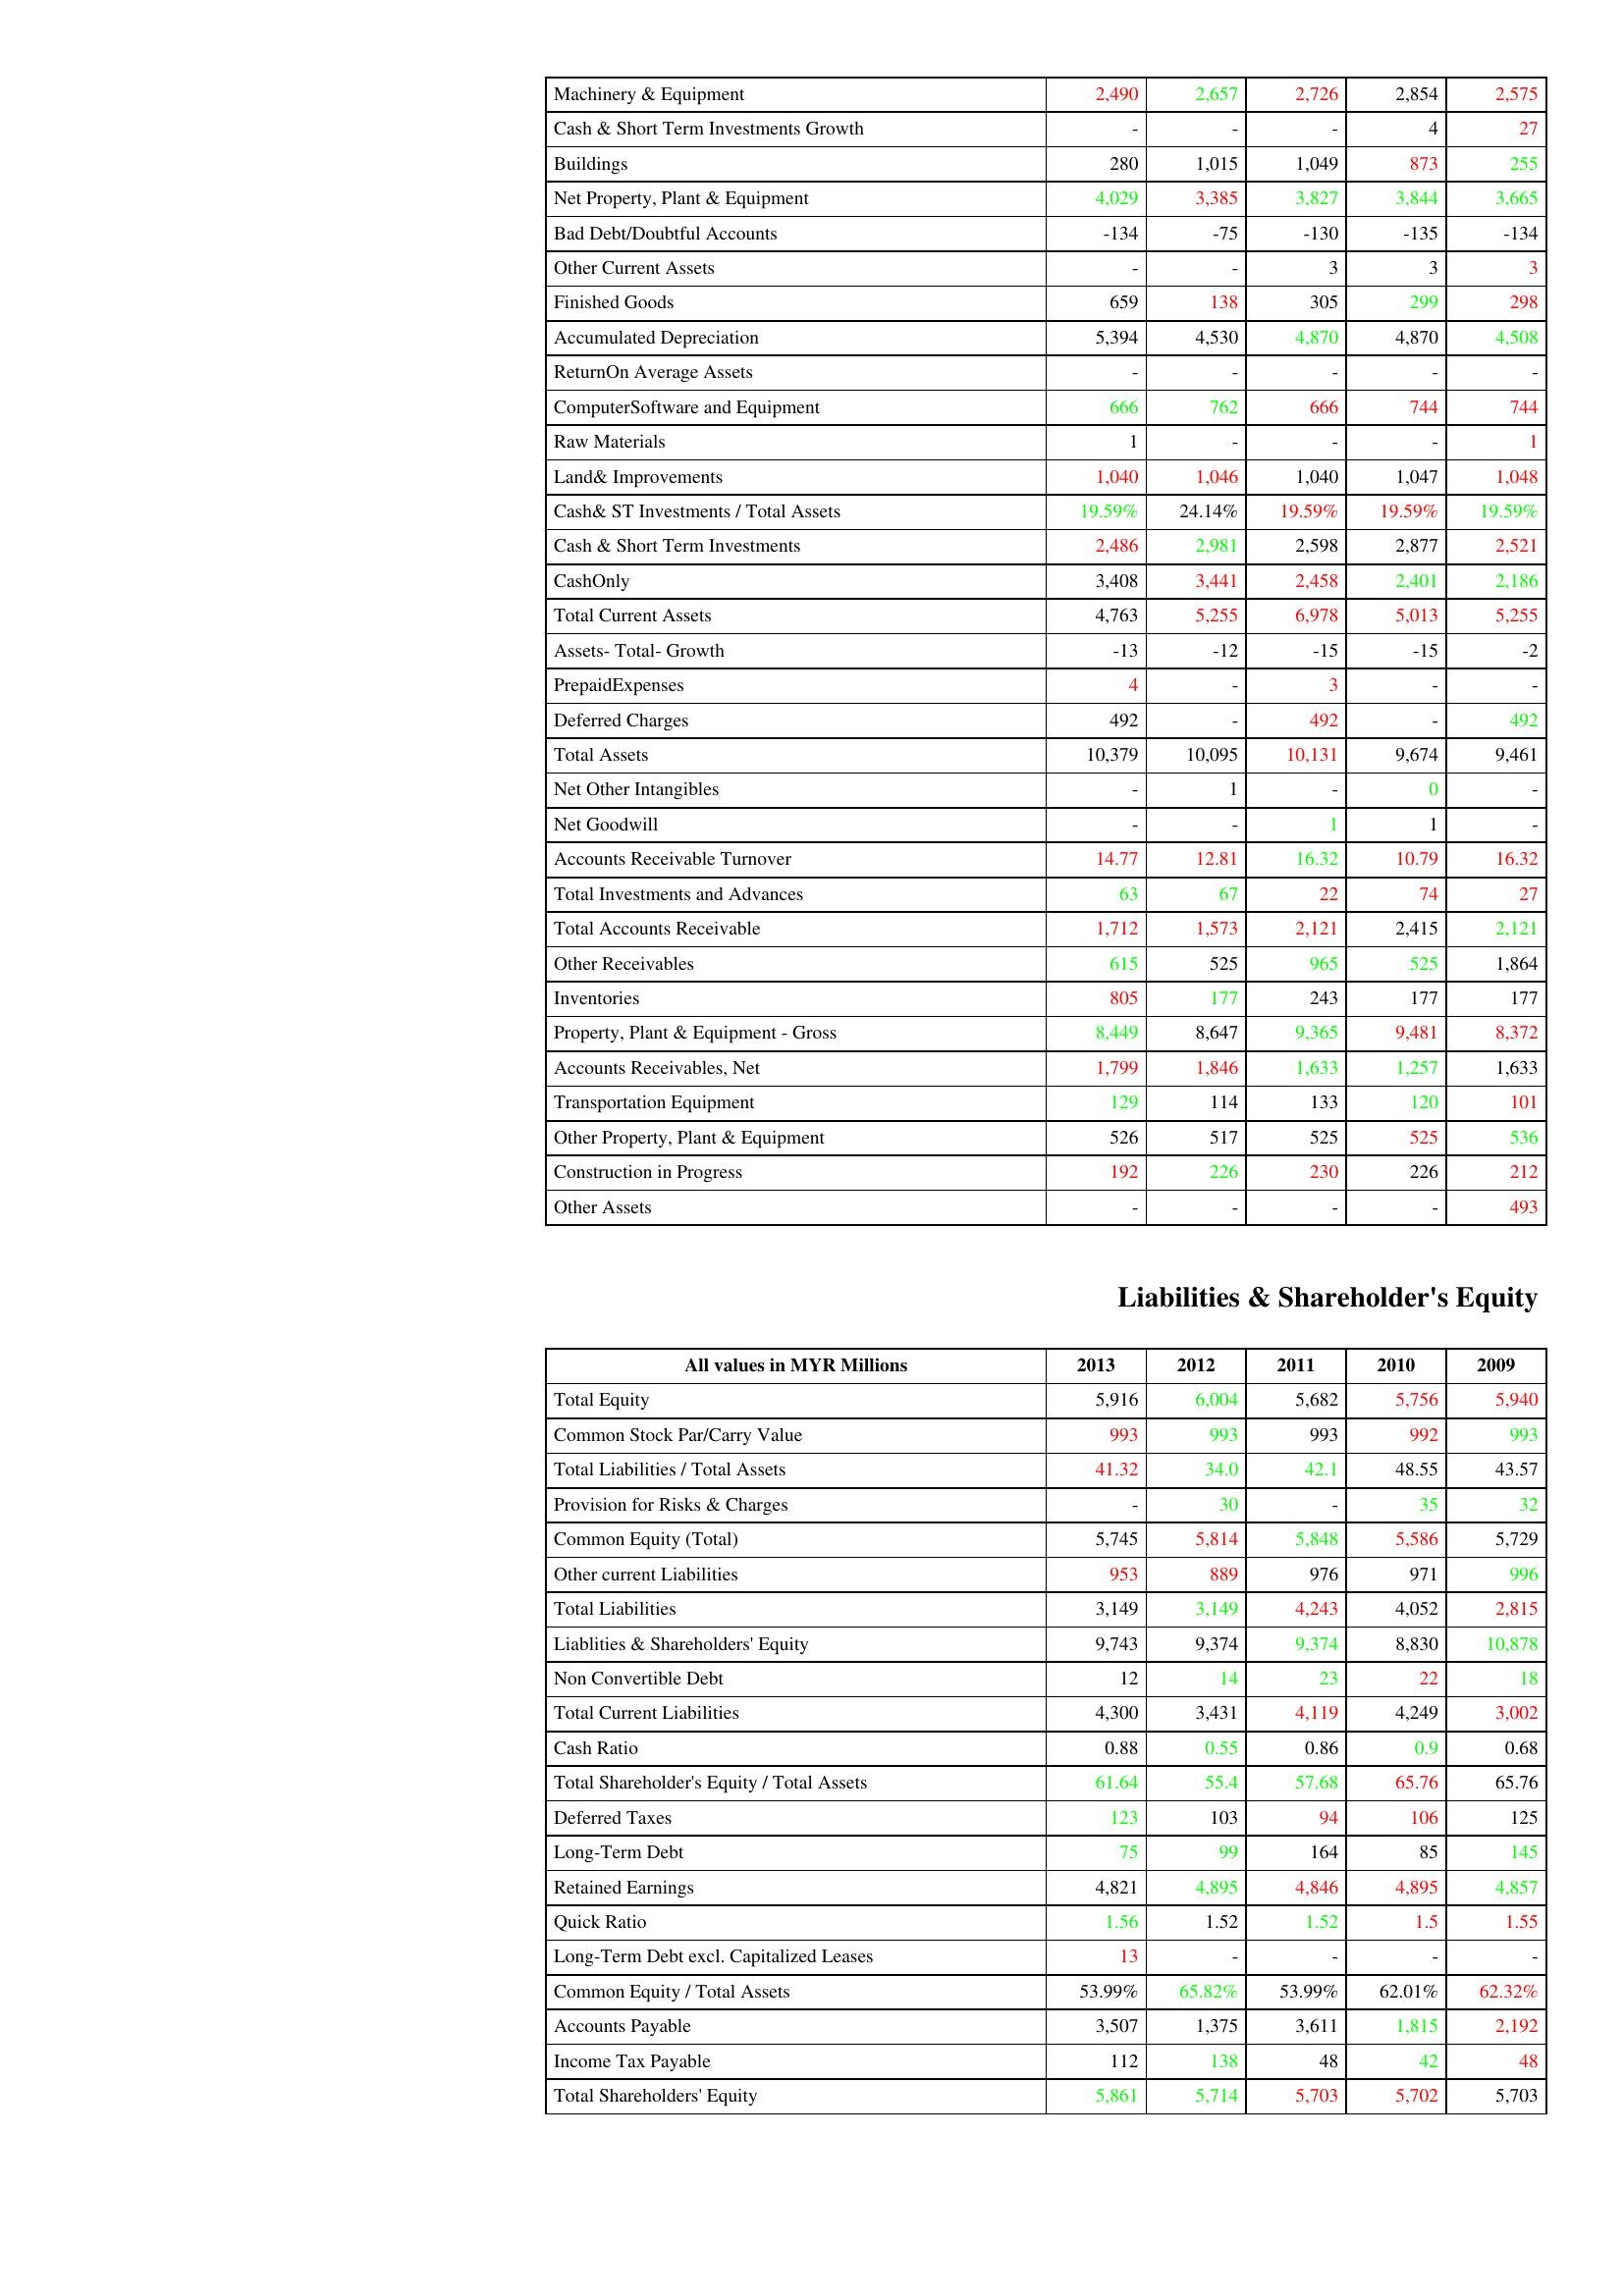
gt_parse: 2013: Assets: Machinery & Equipment: 2,490
Cash & Short Term Investments Growth: -
Buildings: 280
Net Property, Plant & Equipment: 4,029
Bad Debt/Doubtful Accounts: -134
Other Current Assets: -
Finished Goods: 659
Accumulated Depreciation: 5,394
ReturnOn Average Assets: -
ComputerSoftware and Equipment: 666
Raw Materials: 1
Land& Improvements: 1,040
Cash& ST Investments / Total Assets: 19.59%
Cash & Short Term Investments: 2,486
CashOnly: 3,408
Total Current Assets: 4,763
Assets- Total- Growth: -13
PrepaidExpenses: 4
Deferred Charges: 492
Total Assets: 10,379
Net Other Intangibles: -
Net Goodwill: -
Accounts Receivable Turnover: 14.77
Total Investments and Advances: 63
Total Accounts Receivable: 1,712
Other Receivables: 615
Inventories: 805
Property, Plant & Equipment - Gross : 8,449
Accounts Receivables, Net: 1,799
Transportation Equipment: 129
Other Property, Plant & Equipment: 526
Construction in Progress: 192
Other Assets: -
Liabilities & Shareholder's Equity: Total Equity: 5,916
Common Stock Par/Carry Value: 993
Total Liabilities / Total Assets: 41.32
Provision for Risks & Charges: -
Common Equity (Total): 5,745
Other current Liabilities: 953
Total Liabilities: 3,149
Liablities & Shareholders' Equity: 9,743
Non Convertible Debt: 12
Total Current Liabilities: 4,300
Cash Ratio: 0.88
Total Shareholder's Equity / Total Assets: 61.64
Deferred Taxes: 123
Long-Term Debt: 75
Retained Earnings: 4,821
Quick Ratio: 1.56
Long-Term Debt excl. Capitalized Leases: 13
Common Equity / Total Assets: 53.99%
Accounts Payable: 3,507
Income Tax Payable: 112
Total Shareholders' Equity: 5,861
2012: Assets: Machinery & Equipment: 2,657
Cash & Short Term Investments Growth: -
Buildings: 1,015
Net Property, Plant & Equipment: 3,385
Bad Debt/Doubtful Accounts: -75
Other Current Assets: -
Finished Goods: 138
Accumulated Depreciation: 4,530
ReturnOn Average Assets: -
ComputerSoftware and Equipment: 762
Raw Materials: -
Land& Improvements: 1,046
Cash& ST Investments / Total Assets: 24.14%
Cash & Short Term Investments: 2,981
CashOnly: 3,441
Total Current Assets: 5,255
Assets- Total- Growth: -12
PrepaidExpenses: -
Deferred Charges: -
Total Assets: 10,095
Net Other Intangibles: 1
Net Goodwill: -
Accounts Receivable Turnover: 12.81
Total Investments and Advances: 67
Total Accounts Receivable: 1,573
Other Receivables: 525
Inventories: 177
Property, Plant & Equipment - Gross : 8,647
Accounts Receivables, Net: 1,846
Transportation Equipment: 114
Other Property, Plant & Equipment: 517
Construction in Progress: 226
Other Assets: -
Liabilities & Shareholder's Equity: Total Equity: 6,004
Common Stock Par/Carry Value: 993
Total Liabilities / Total Assets: 34.0
Provision for Risks & Charges: 30
Common Equity (Total): 5,814
Other current Liabilities: 889
Total Liabilities: 3,149
Liablities & Shareholders' Equity: 9,374
Non Convertible Debt: 14
Total Current Liabilities: 3,431
Cash Ratio: 0.55
Total Shareholder's Equity / Total Assets: 55.4
Deferred Taxes: 103
Long-Term Debt: 99
Retained Earnings: 4,895
Quick Ratio: 1.52
Long-Term Debt excl. Capitalized Leases: -
Common Equity / Total Assets: 65.82%
Accounts Payable: 1,375
Income Tax Payable: 138
Total Shareholders' Equity: 5,714
2011: Assets: Machinery & Equipment: 2,726
Cash & Short Term Investments Growth: -
Buildings: 1,049
Net Property, Plant & Equipment: 3,827
Bad Debt/Doubtful Accounts: -130
Other Current Assets: 3
Finished Goods: 305
Accumulated Depreciation: 4,870
ReturnOn Average Assets: -
ComputerSoftware and Equipment: 666
Raw Materials: -
Land& Improvements: 1,040
Cash& ST Investments / Total Assets: 19.59%
Cash & Short Term Investments: 2,598
CashOnly: 2,458
Total Current Assets: 6,978
Assets- Total- Growth: -15
PrepaidExpenses: 3
Deferred Charges: 492
Total Assets: 10,131
Net Other Intangibles: -
Net Goodwill: 1
Accounts Receivable Turnover: 16.32
Total Investments and Advances: 22
Total Accounts Receivable: 2,121
Other Receivables: 965
Inventories: 243
Property, Plant & Equipment - Gross : 9,365
Accounts Receivables, Net: 1,633
Transportation Equipment: 133
Other Property, Plant & Equipment: 525
Construction in Progress: 230
Other Assets: -
Liabilities & Shareholder's Equity: Total Equity: 5,682
Common Stock Par/Carry Value: 993
Total Liabilities / Total Assets: 42.1
Provision for Risks & Charges: -
Common Equity (Total): 5,848
Other current Liabilities: 976
Total Liabilities: 4,243
Liablities & Shareholders' Equity: 9,374
Non Convertible Debt: 23
Total Current Liabilities: 4,119
Cash Ratio: 0.86
Total Shareholder's Equity / Total Assets: 57.68
Deferred Taxes: 94
Long-Term Debt: 164
Retained Earnings: 4,846
Quick Ratio: 1.52
Long-Term Debt excl. Capitalized Leases: -
Common Equity / Total Assets: 53.99%
Accounts Payable: 3,611
Income Tax Payable: 48
Total Shareholders' Equity: 5,703
2010: Assets: Machinery & Equipment: 2,854
Cash & Short Term Investments Growth: 4
Buildings: 873
Net Property, Plant & Equipment: 3,844
Bad Debt/Doubtful Accounts: -135
Other Current Assets: 3
Finished Goods: 299
Accumulated Depreciation: 4,870
ReturnOn Average Assets: -
ComputerSoftware and Equipment: 744
Raw Materials: -
Land& Improvements: 1,047
Cash& ST Investments / Total Assets: 19.59%
Cash & Short Term Investments: 2,877
CashOnly: 2,401
Total Current Assets: 5,013
Assets- Total- Growth: -15
PrepaidExpenses: -
Deferred Charges: -
Total Assets: 9,674
Net Other Intangibles: 0
Net Goodwill: 1
Accounts Receivable Turnover: 10.79
Total Investments and Advances: 74
Total Accounts Receivable: 2,415
Other Receivables: 525
Inventories: 177
Property, Plant & Equipment - Gross : 9,481
Accounts Receivables, Net: 1,257
Transportation Equipment: 120
Other Property, Plant & Equipment: 525
Construction in Progress: 226
Other Assets: -
Liabilities & Shareholder's Equity: Total Equity: 5,756
Common Stock Par/Carry Value: 992
Total Liabilities / Total Assets: 48.55
Provision for Risks & Charges: 35
Common Equity (Total): 5,586
Other current Liabilities: 971
Total Liabilities: 4,052
Liablities & Shareholders' Equity: 8,830
Non Convertible Debt: 22
Total Current Liabilities: 4,249
Cash Ratio: 0.9
Total Shareholder's Equity / Total Assets: 65.76
Deferred Taxes: 106
Long-Term Debt: 85
Retained Earnings: 4,895
Quick Ratio: 1.5
Long-Term Debt excl. Capitalized Leases: -
Common Equity / Total Assets: 62.01%
Accounts Payable: 1,815
Income Tax Payable: 42
Total Shareholders' Equity: 5,702
2009: Assets: Machinery & Equipment: 2,575
Cash & Short Term Investments Growth: 27
Buildings: 255
Net Property, Plant & Equipment: 3,665
Bad Debt/Doubtful Accounts: -134
Other Current Assets: 3
Finished Goods: 298
Accumulated Depreciation: 4,508
ReturnOn Average Assets: -
ComputerSoftware and Equipment: 744
Raw Materials: 1
Land& Improvements: 1,048
Cash& ST Investments / Total Assets: 19.59%
Cash & Short Term Investments: 2,521
CashOnly: 2,186
Total Current Assets: 5,255
Assets- Total- Growth: -2
PrepaidExpenses: -
Deferred Charges: 492
Total Assets: 9,461
Net Other Intangibles: -
Net Goodwill: -
Accounts Receivable Turnover: 16.32
Total Investments and Advances: 27
Total Accounts Receivable: 2,121
Other Receivables: 1,864
Inventories: 177
Property, Plant & Equipment - Gross : 8,372
Accounts Receivables, Net: 1,633
Transportation Equipment: 101
Other Property, Plant & Equipment: 536
Construction in Progress: 212
Other Assets: 493
Liabilities & Shareholder's Equity: Total Equity: 5,940
Common Stock Par/Carry Value: 993
Total Liabilities / Total Assets: 43.57
Provision for Risks & Charges: 32
Common Equity (Total): 5,729
Other current Liabilities: 996
Total Liabilities: 2,815
Liablities & Shareholders' Equity: 10,878
Non Convertible Debt: 18
Total Current Liabilities: 3,002
Cash Ratio: 0.68
Total Shareholder's Equity / Total Assets: 65.76
Deferred Taxes: 125
Long-Term Debt: 145
Retained Earnings: 4,857
Quick Ratio: 1.55
Long-Term Debt excl. Capitalized Leases: -
Common Equity / Total Assets: 62.32%
Accounts Payable: 2,192
Income Tax Payable: 48
Total Shareholders' Equity: 5,703